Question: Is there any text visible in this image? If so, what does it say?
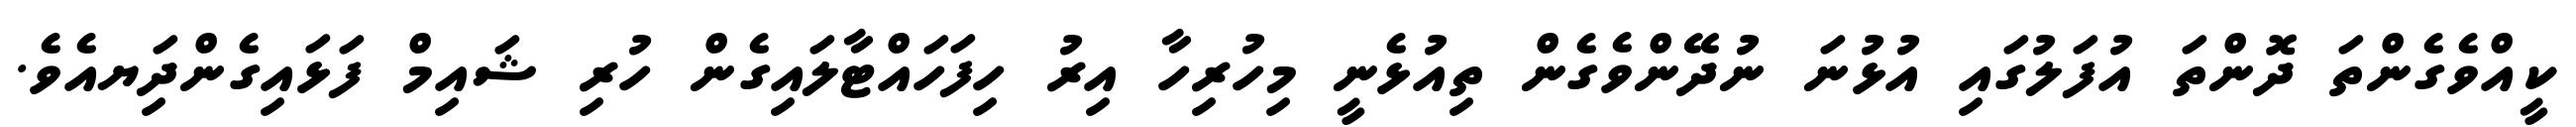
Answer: ކީއްވެގެންތަ ދޮންތަ އުފަލުގައި އުޅުނަ ނުދޭންވެގެން ތިއުޅެނީ މިހުރިހާ އިރު ހިފަހައްޓާލައިގެން ހުރި ޝައިމް ފަޅައިގެންދަިޔއެވެ.